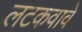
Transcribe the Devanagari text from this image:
लटकवावे